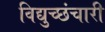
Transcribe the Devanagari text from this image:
विद्युच्छंचारी